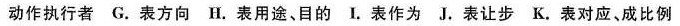
动作执行者 G.表方向 H.表用途、目的 I.表作为 J.表让步 K.表对应、成比例